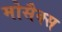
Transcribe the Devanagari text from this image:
मोसैक्स